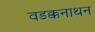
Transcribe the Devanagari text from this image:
वडक्कनाथन